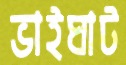
ভাইঘাট